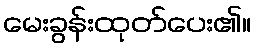
မေးခွန်းထုတ်ပေး၏။